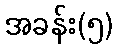
အခန်း(၅)